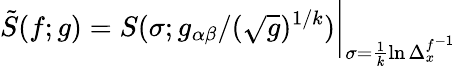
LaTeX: \tilde{S}(f;g)=S(\sigma;g_{\alpha\beta}/(\sqrt{g})^{1/k})\bigg\vert_{\sigma=\frac{1}{k}\ln\Delta_{x}^{f^{-1}}}